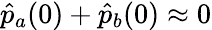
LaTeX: \hat{p}_{a}(0)+\hat{p}_{b}(0)\approx 0